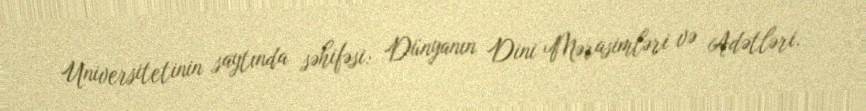
Universitetinin saytında səhifəsi: Dünyanın Dini Mərasimləri və Adətləri.